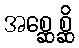
အစ္ဆေစ္ဆိ